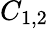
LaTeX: C_{1,2}